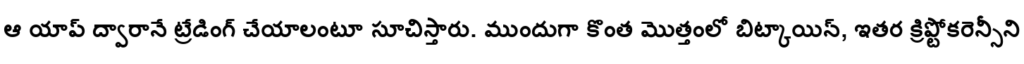
ఆ యాప్ ద్వారానే ట్రేడింగ్ చేయాలంటూ సూచిస్తారు. ముందుగా కొంత మొత్తంలో బిట్కాయిన్, ఇతర క్రిప్టోకరెన్సీని